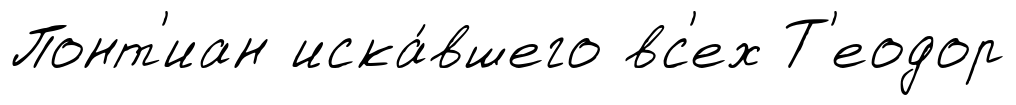
Понт'иан иска́вшего вс'ех Т'еодор